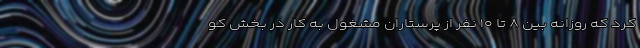
کرد که روزانه بین ۸ تا ۱۰ نفر از پرستاران مشغول به ‌کار در بخش کو